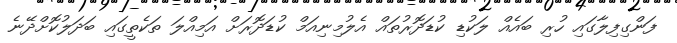
ފަންގިފިލާގައި ހުރި ބައެއް ލަކުޑި ކުޑަދޮރުތައް އެލުމިނިއަމް ކުޑަދޮރަށް އަމިއްލަ ތަކެތީގައި ބަދަލުކޮށްދޭނެ